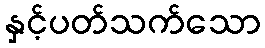
နှင့်ပတ်သက်သော